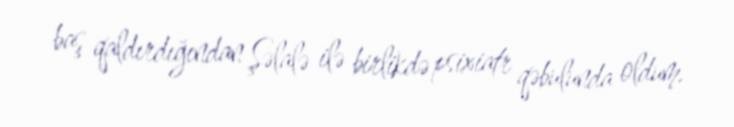
baş qaldırdığından Şəlalə ilə birlikdə psixiatr qəbulunda oldum.